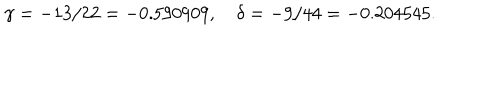
LaTeX: \gamma = - 1 3 / 2 2 = - 0 . 5 9 0 9 0 9 , \quad \delta = - 9 / 4 4 = - 0 . 2 0 4 5 4 5 .